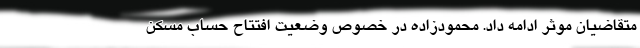
متقاضیان موثر ادامه داد. محمودزاده در خصوص وضعیت افتتاح حساب مسکن